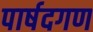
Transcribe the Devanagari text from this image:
पार्षदगण